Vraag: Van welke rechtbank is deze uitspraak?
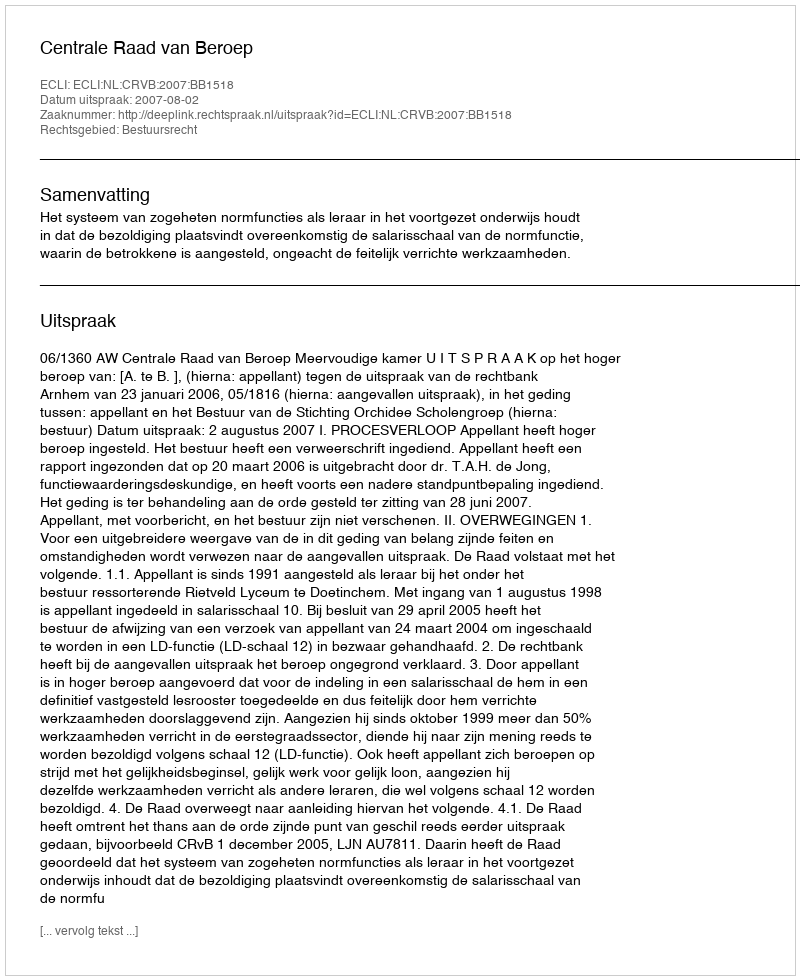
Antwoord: Centrale Raad van Beroep